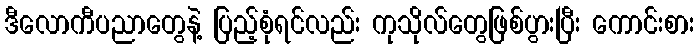
ဒီလောကီပညာတွေနဲ့ ပြည့်စုံရင်လည်း ကုသိုလ်တွေဖြစ်ပွားပြီး ကောင်းစား